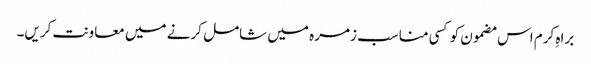
براہِ کرم اس مضمون کو کسی مناسب زمرہ میں شامل کرنے میں معاونت کریں۔